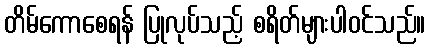
တိမ်ကောစေရန် ပြုလုပ်သည့် စရိတ်များပါဝင်သည်။